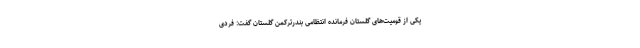
یکی از قومیت‌های گلستان فرمانده انتظامی بندرترکمن گلستان گفت: فردی